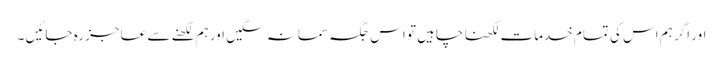
اور اگر ہم اس کی تمام خدمات لکھنا چاہیں تو اس جگہ سمانہ سکیں اور ہم لکھنے سے عاجز رہ جائیں ۔